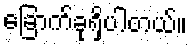
ခြောက်ခုရှိပါတယ်။